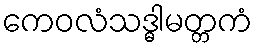
ကေဝလံသဒ္ဓါမတ္တကံ